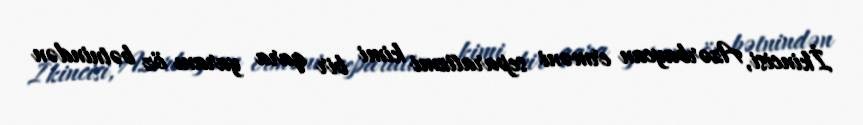
İkincisi, Azərbaycan erməni separatizmi kimi bir qara yaranı öz bətnindən